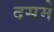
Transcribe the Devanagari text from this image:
दसमे